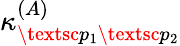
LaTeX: \kappa_{\textsc{p}_{1}\textsc{p}_{2}}^{(A)}